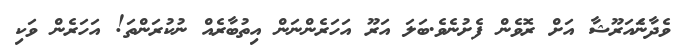
ވެދާނެައަރޫޝާ އަށް ރޮވެން ފެށުނެވެ.ބަލަ އަރޫ އަހަރެންނަން އިތުބާރެއް ނުކުރަންތަ! އަހަރެން ވަކި